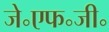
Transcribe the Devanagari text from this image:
जे॰एफ॰जी॰